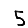
Digit: 5